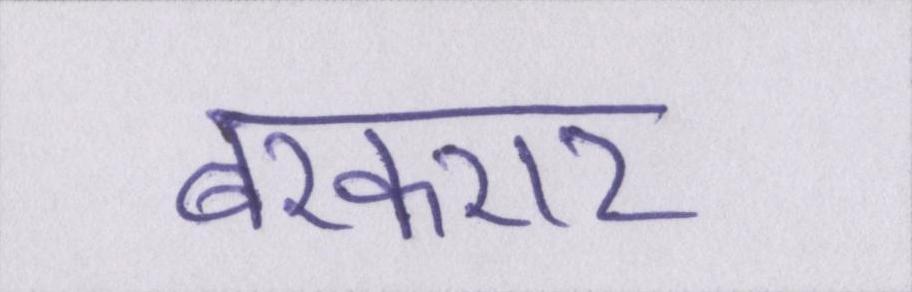
बरकरार